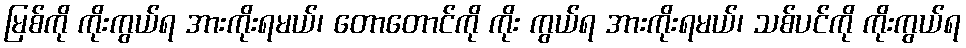
မြစ်ကို ကိုးကွယ်ရ အားကိုးရမယ်၊ တောတောင်ကို ကိုး ကွယ်ရ အားကိုးရမယ်၊ သစ်ပင်ကို ကိုးကွယ်ရ